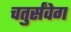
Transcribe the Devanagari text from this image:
चतुर्संवेग